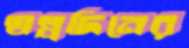
স্বল্পদিনের